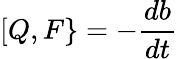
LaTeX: [Q,F\} =-{\frac{db}{dt}}